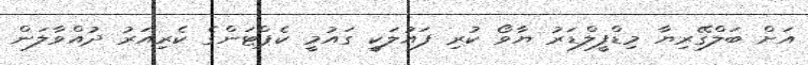
އަށް ބަލްގޭރިޔާ މިޑްފީލްޑަރު ޔާވޯ ކުރި ފައުލަކީ ގައުމީ ކެޕްޓަންގެ ކެރިއަރު ދުއްވާލަން